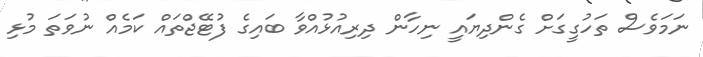
ނަމަވެސް ތަހުގީގަށް ގެންދިޔައީ ނިހާން ދިރިއުޅުއްވާ ބައިގެ ފުޓޭޖްތައް ކަމެއް ނުވަތަ މުޅި